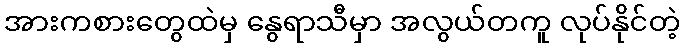
အားကစားတွေထဲမှ နွေရာသီမှာ အလွယ်တကူ လုပ်နိုင်တဲ့